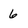
Character: 6